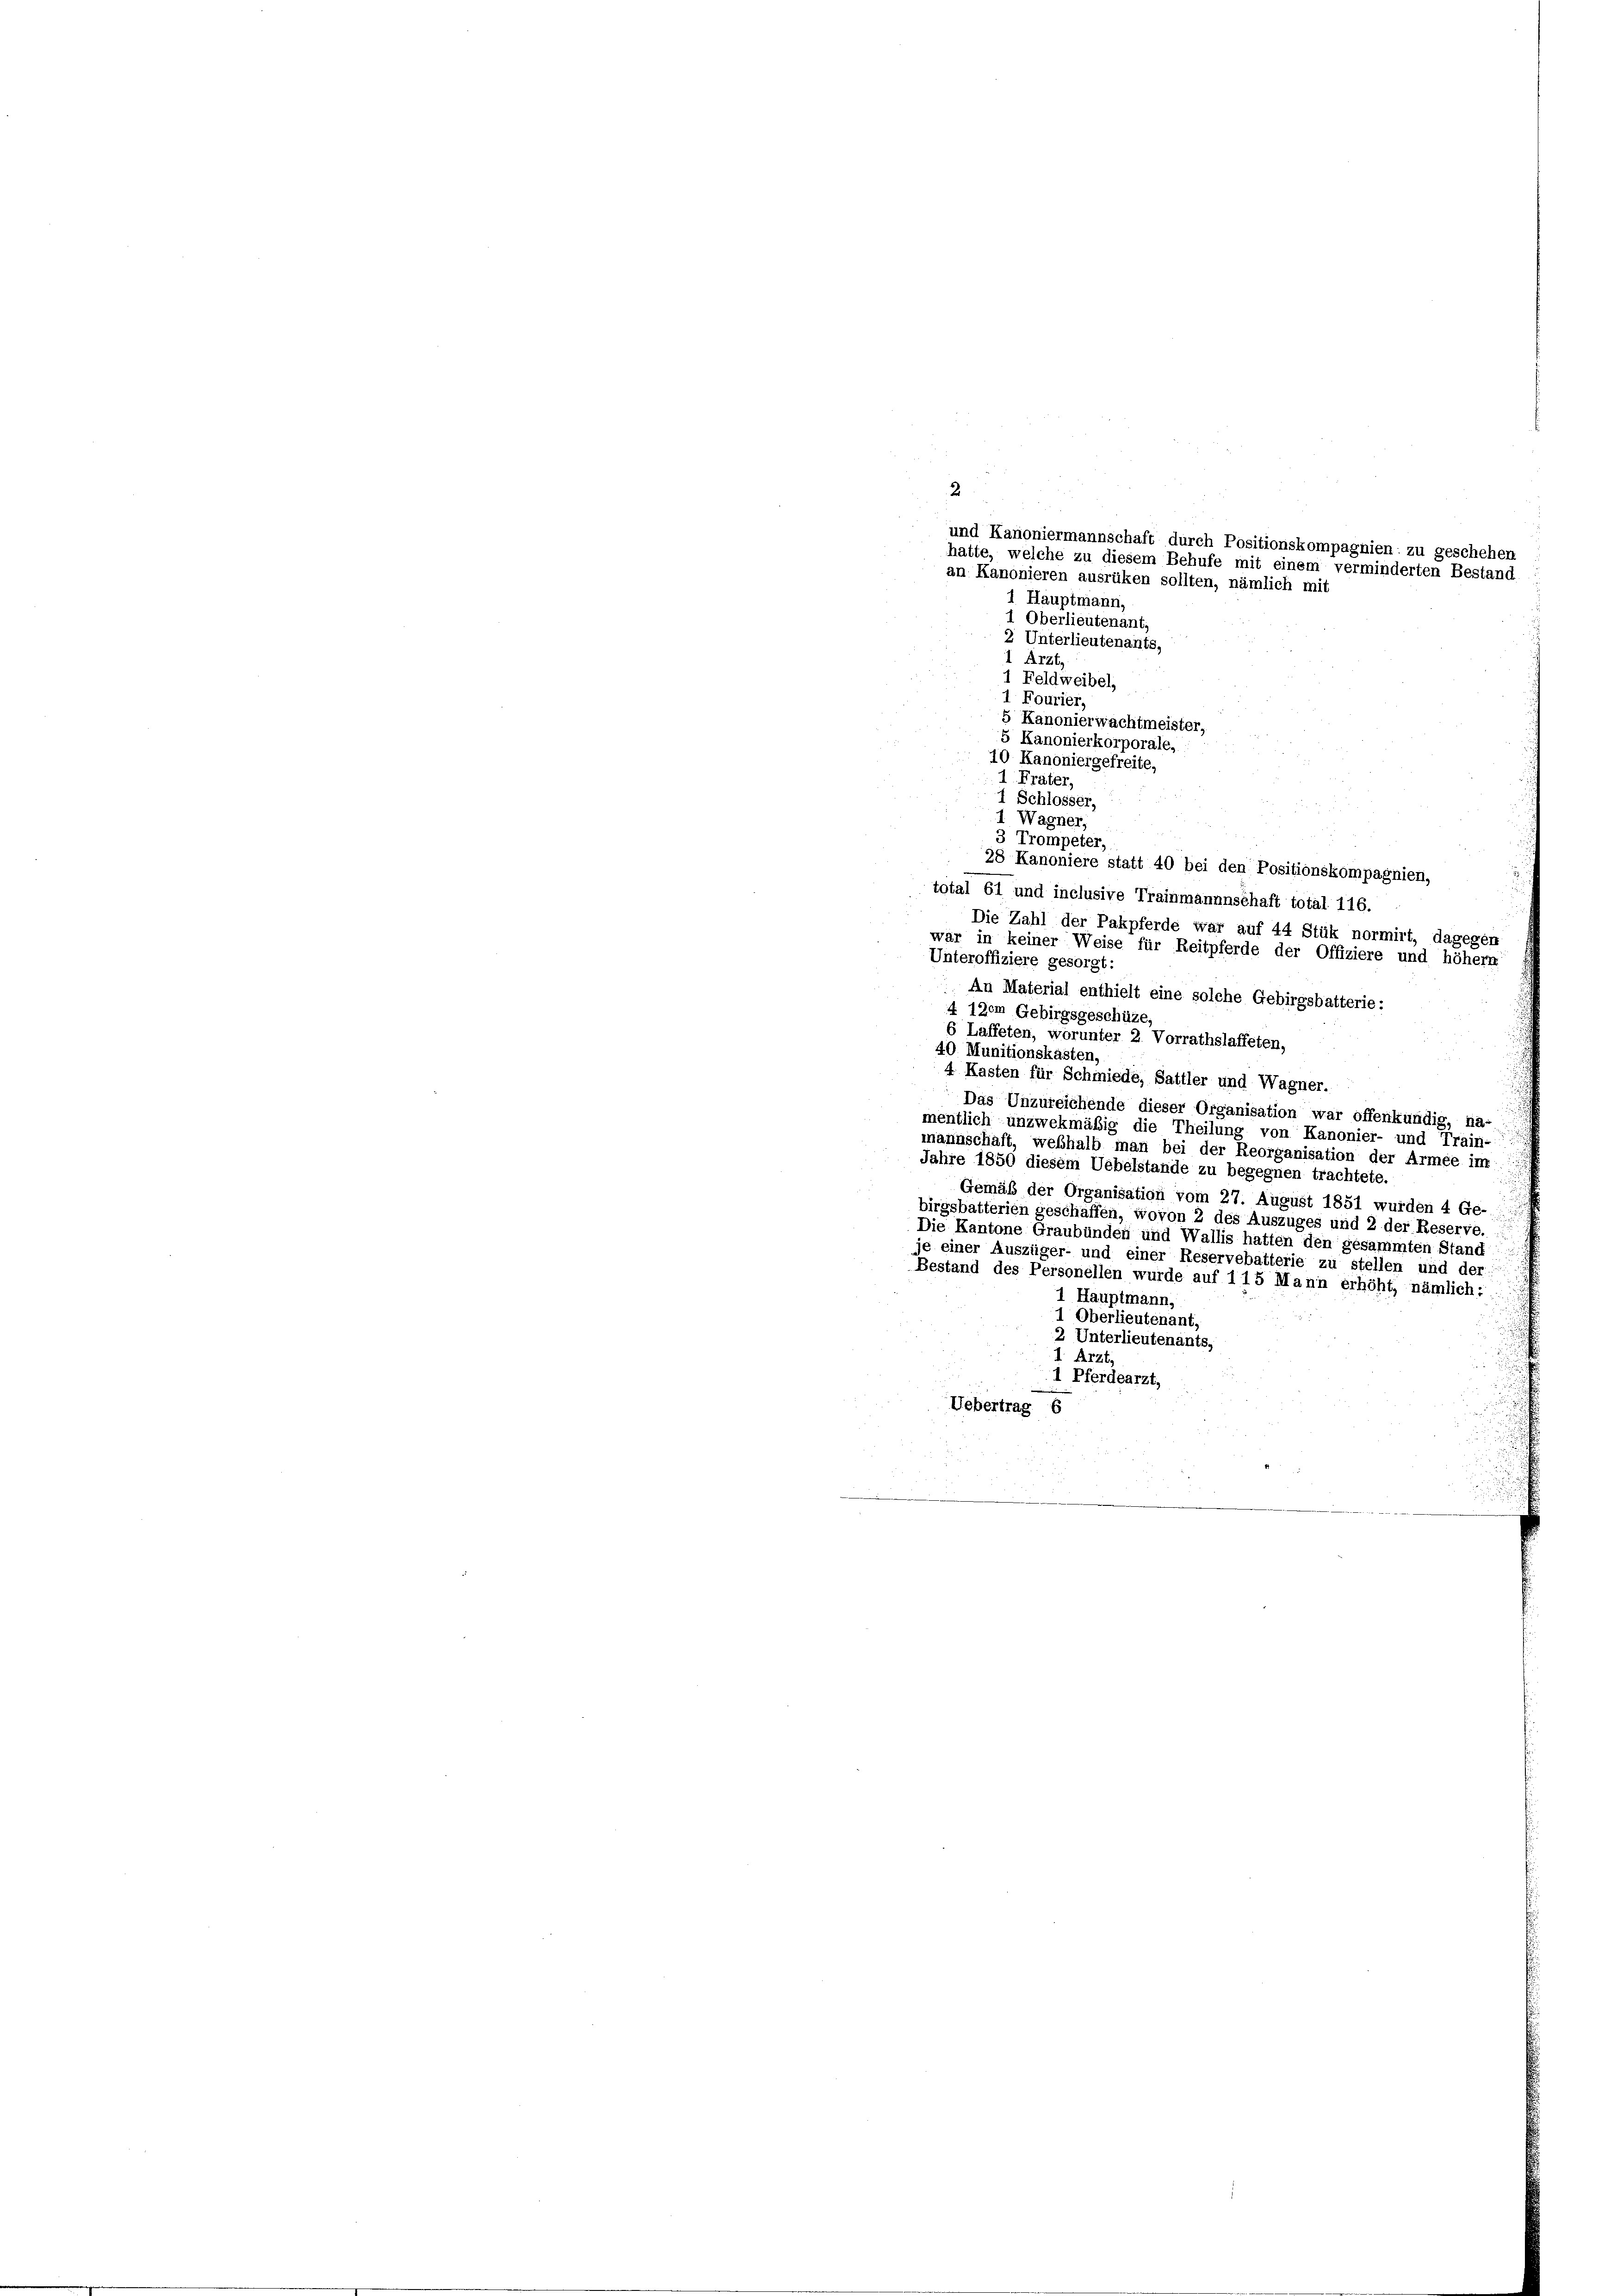
I Wagner,
3 Trompeter,
28 Kanoniere statt 40 bei den Positionskompagnien,
total 61 und inclusive Trainmannnschaft total 116.
Die Zahl der Pakpferde war auf 44 Stük normirt, dagegen
wär in keiner Weise für Reitpferde der Offiziere und höhem
Unteroffiziere gesorgt:
An Material enthielt eine solche Gebirgsbatterie:
4 120m Gebirgsgeschüze,
6 Laffeten, worunter 2. Vorrathslaffeten,
40. Munitionskasten,
4 Kasten für Schmiede, Sattler und Wagner.
Das Unzureichende dieser Organisation war offenkundig, na-
mentlich unzwekmäßig die Theilung von Kanonier- und Train-
mannschaft, weßhalb man bei der Reorganisation der Armee im
Jahre 1850 diesem Uebelstände zu begegnen trachtete.
Gemäß der Organisation vom 27. August 1851 wurden 4 Ge-
birgsbatterien geschaffen, wovon 2 des Auszuges und 2 der Reserve.
Die Kantone Graubünden und Wallis hatten den gesammten Stand
je einer Auszüger- und einer Reservebatterie zu stellen und der
Bestand des Personellen wurde auf 115 Mann erhöht, nämlich:
Hauptmann,
1 Oberlieutenant.
2 Unterlieutenants,
I Arzt,
1 Pferdearzt,
Uebertrag 6

2
und Kanoniermannschaft durch Positionskompagnien: zu geschehen
hatte, welche zu diesem Behufe mit einem verminderten Bestand
an Kanonieren ausrüken sollten, nämlich mit
1 Hauptmann,
1 Oberlieutenant,
2 Unterlieutenants,
Arzt,
1 Feldweibel,
1 Fourier,
Kanonierwachtmeister,
5 Kanonierkorporale,
10 Kanonier gefreite,
1. Frater,
1 Schlosser,